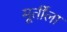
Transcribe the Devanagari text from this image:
मूर्तींला